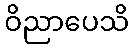
ဝိညာပေသိ